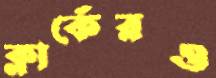
ক্লার্কেরও